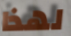
لهذا